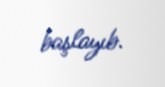
başlayıb.